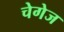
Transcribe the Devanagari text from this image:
चेगेज